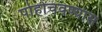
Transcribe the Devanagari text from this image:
पोहोचवण्यास